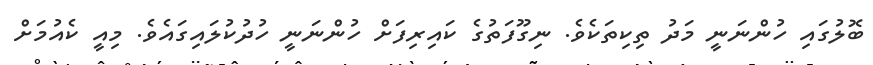
ބޮލުގައި ހުންނަނީ މަދު ތިކިތަކެވެ. ނިގޫފަތުގެ ކައިރިފަށް ހުންނަނީ ހުދުކުލައިގައެވެ. މިއީ ކެއުމަށް